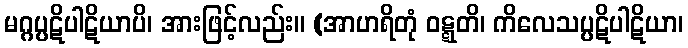
မဂ္ဂပ္ပဋိပါဋိယာပိ၊ အားဖြင့်လည်း။ (အာဟရိတုံ ဝဋ္ဋတိ၊ ကိလေသပ္ပဋိပါဋိယာ၊